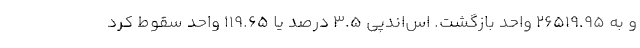
و به ۲۶۵۱۹.۹۵ واحد بازگشت. اس‌اندپی ۳.۵ درصد یا ۱۱۹.۶۵ واحد سقوط کرد